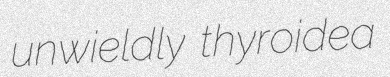
unwieldly thyroidea